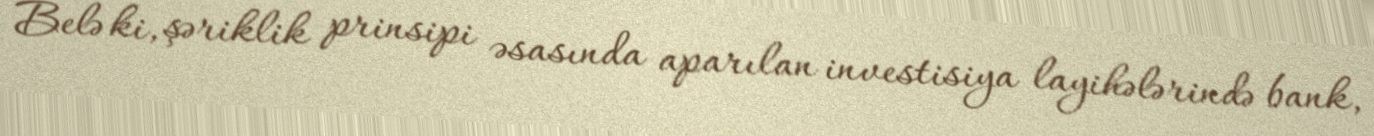
Belə ki, şəriklik prinsipi əsasında aparılan investisiya layihələrində bank,